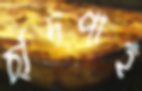
চাঁদপাই